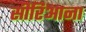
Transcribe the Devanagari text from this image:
सीरिआना